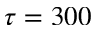
\tau = 3 0 0